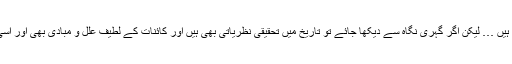
’’تاریخ ایک ایسا فن ہے جسے اقوام و امم ہاتھوں ہاتھ لیتی ہیں … لیکن اگر گہری نگاہ سے دیکھا جائے تو تاریخ میں تحقیقی نظریاتی بھی ہیں اور کائنات کے لطیف علل و مبادی بھی اور اسی طرح واقعات کی کیفیات و اسباب کا گہرا علم بھی ہے ۔